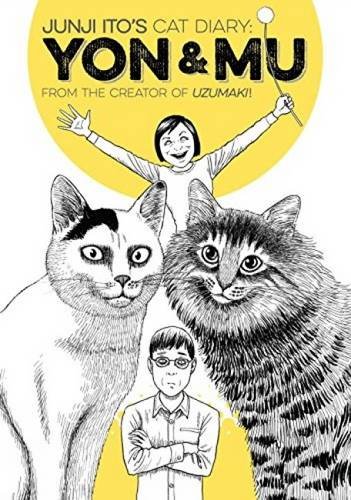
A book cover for Junji Ito's Cat Diary: Yon & Mu; Junji Ito; Comics & Graphic Novels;